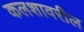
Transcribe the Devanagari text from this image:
कलशावरील